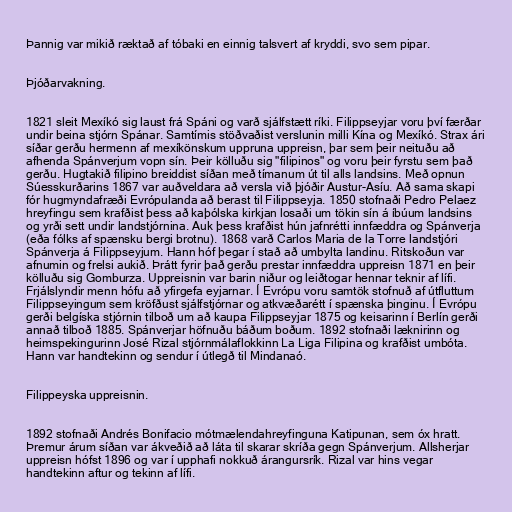
Þannig var mikið ræktað af tóbaki en einnig talsvert af kryddi, svo sem pipar.

Þjóðarvakning.

1821 sleit Mexíkó sig laust frá Spáni og varð sjálfstætt ríki. Filippseyjar voru því færðar
undir beina stjórn Spánar. Samtímis stöðvaðist verslunin milli Kína og Mexíkó. Strax ári
síðar gerðu hermenn af mexíkönskum uppruna uppreisn, þar sem þeir neituðu að
afhenda Spánverjum vopn sín. Þeir kölluðu sig "filipinos" og voru þeir fyrstu sem það
gerðu. Hugtakið filipino breiddist síðan með tímanum út til alls landsins. Með opnun
Súesskurðarins 1867 var auðveldara að versla við þjóðir Austur-Asíu. Að sama skapi
fór hugmyndafræði Evrópulanda að berast til Filippseyja. 1850 stofnaði Pedro Pelaez
hreyfingu sem krafðist þess að kaþólska kirkjan losaði um tökin sín á íbúum landsins
og yrði sett undir landstjórnina. Auk þess krafðist hún jafnrétti innfæddra og Spánverja
(eða fólks af spænsku bergi brotnu). 1868 varð Carlos Maria de la Torre landstjóri
Spánverja á Filippseyjum. Hann hóf þegar í stað að umbylta landinu. Ritskoðun var
afnumin og frelsi aukið. Þrátt fyrir það gerðu prestar innfæddra uppreisn 1871 en þeir
kölluðu sig Gomburza. Uppreisnin var barin niður og leiðtogar hennar teknir af lífi.
Frjálslyndir menn hófu að yfirgefa eyjarnar. Í Evrópu voru samtök stofnuð af útfluttum
Filippseyingum sem kröfðust sjálfstjórnar og atkvæðarétt í spænska þinginu. Í Evrópu
gerði belgíska stjórnin tilboð um að kaupa Filippseyjar 1875 og keisarinn í Berlín gerði
annað tilboð 1885. Spánverjar höfnuðu báðum boðum. 1892 stofnaði læknirinn og
heimspekingurinn José Rizal stjórnmálaflokkinn La Liga Filipina og krafðist umbóta.
Hann var handtekinn og sendur í útlegð til Mindanaó.

Filippeyska uppreisnin.

1892 stofnaði Andrés Bonifacio mótmælendahreyfinguna Katipunan, sem óx hratt.
Þremur árum síðan var ákveðið að láta til skarar skríða gegn Spánverjum. Allsherjar
uppreisn hófst 1896 og var í upphafi nokkuð árangursrík. Rizal var hins vegar
handtekinn aftur og tekinn af lífi.